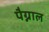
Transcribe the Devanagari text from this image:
पैग्नाल